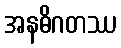
အနဓိဂတဿ